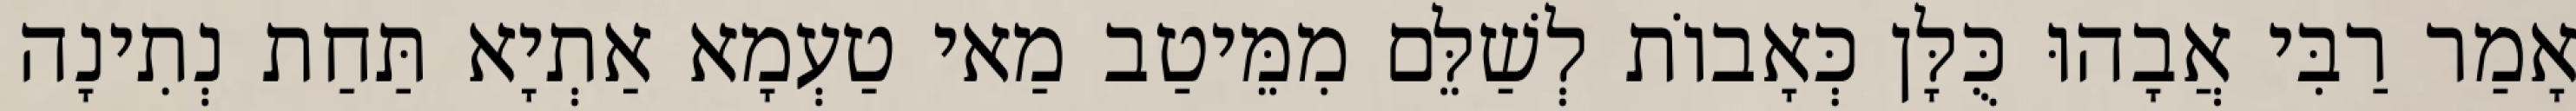
אָמַר רַבִּי אֲבָהוּ כֻּלָּן כְּאָבוֹת לְשַׁלֵּם מִמֵּיטַב מַאי טַעְמָא אַתְיָא תַּחַת נְתִינָה